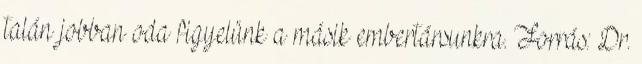
talán jobban oda figyelünk a másik embertársunkra. Forrás: Dr.